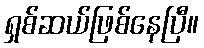
ရှစ်ဆယ်ဖြစ်နေပြီ။